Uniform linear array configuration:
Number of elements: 4
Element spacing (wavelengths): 0.5
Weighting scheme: cosine
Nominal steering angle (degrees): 45
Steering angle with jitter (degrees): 44.655
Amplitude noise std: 0.05
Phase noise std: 0.05

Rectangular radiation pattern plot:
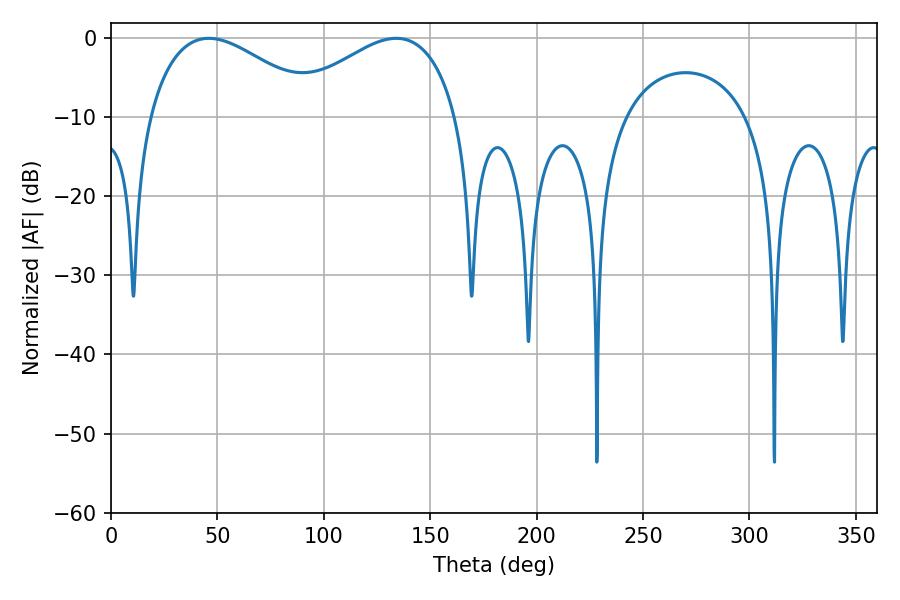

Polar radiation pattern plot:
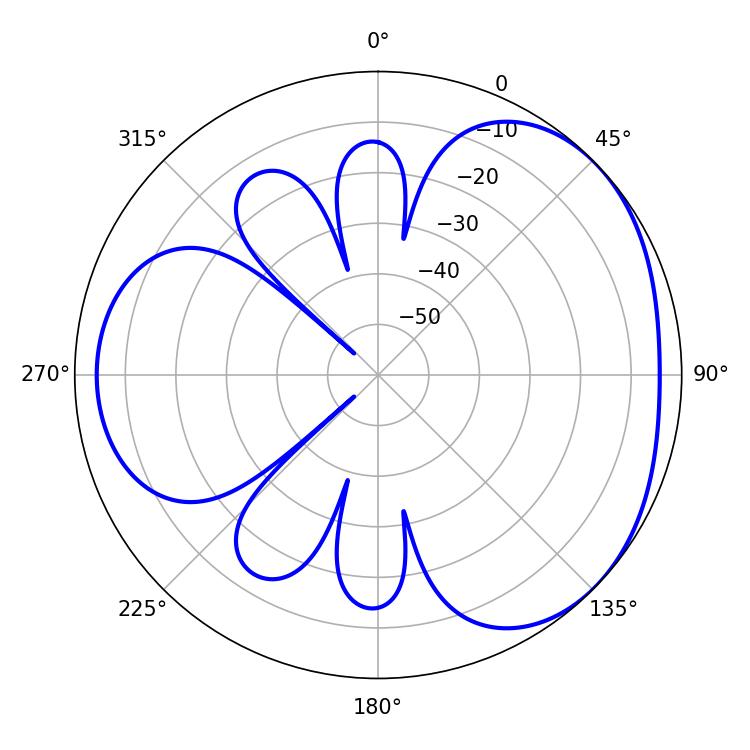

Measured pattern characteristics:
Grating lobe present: FALSE
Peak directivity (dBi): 3.335
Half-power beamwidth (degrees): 44.28
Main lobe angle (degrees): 45.9